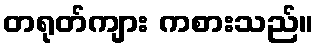
တရုတ်ကျား ကစားသည်။